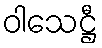
ဝါသေဋ္ဌီ